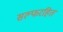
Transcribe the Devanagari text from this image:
सल्फरहित